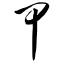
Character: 甲